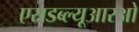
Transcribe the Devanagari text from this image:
एसडब्ल्यूआरओ